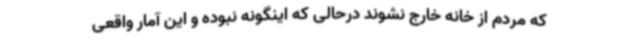
که مردم از خانه خارج نشوند درحالی که اینگونه نبوده و این آمار واقعی